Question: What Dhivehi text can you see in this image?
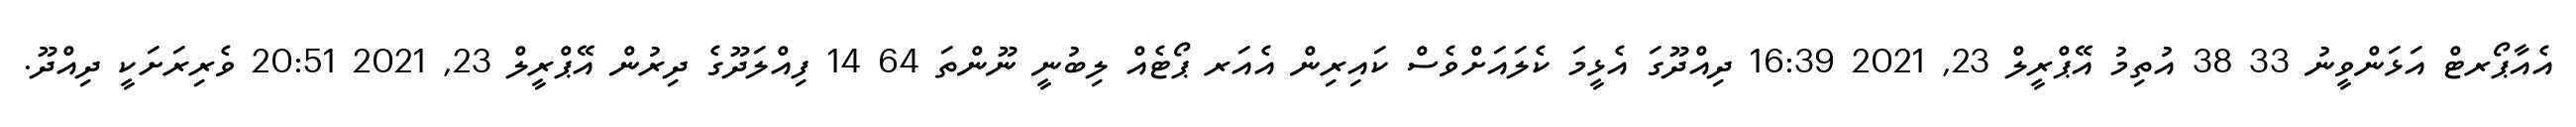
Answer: އެއާޕޯރޓް އަޅަންވީނު 33 38 އުތިމު އޭޕްރީލް 23, 2021 16:39 ދިއްދޫގަ އެޅީމަ ކެލައަށްވެސް ކައިރިން އެއަރ ޕޯޓެއް ލިބުނީ ނޫންތަ 64 14 ފިއްލަދޫގެ ދިރުން އޭޕްރީލް 23, 2021 20:51 ވެރިރަށަކީ ދިއްދޫ.